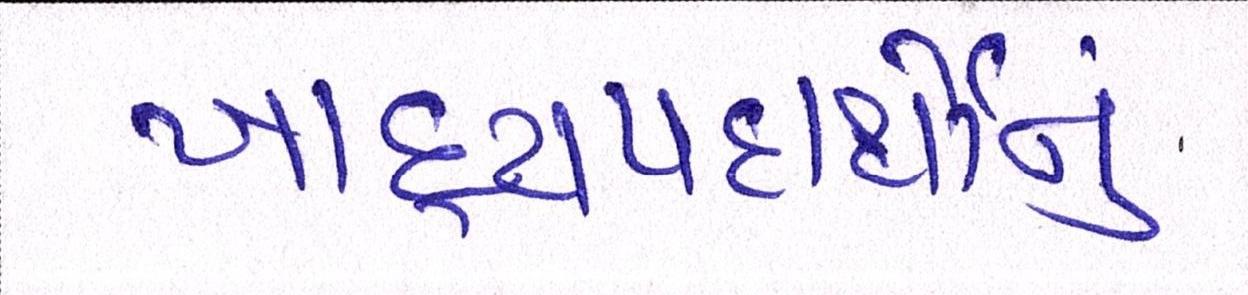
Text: ખાદ્યપદાર્થોનું